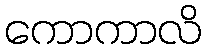
ကောကာလိ